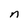
Character: n